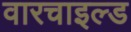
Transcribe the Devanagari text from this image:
वारचाइल्ड